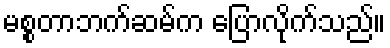
မစ္စတာဘက်ဆမ်က ပြောလိုက်သည်။